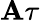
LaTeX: \mathbf{A}\tau